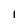
Character: 1